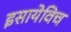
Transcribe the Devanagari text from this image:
इसायेविच